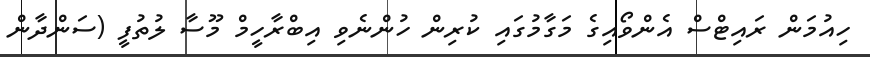
ހިއުމަން ރައިޓްސް އެންވޯއިގެ މަގާމުގައި ކުރިން ހުންނެވި އިބްރާހީމް މޫސާ ލުތުފީ (ސަންދާން